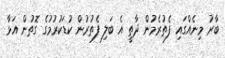
ބާރު މިނެއްގައި ފެތުރެމުން ދާތީ އެ ބަލި ފެތުރުން ކުޑަކުރުމުގެ ގޮތުން އަޅާ